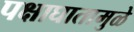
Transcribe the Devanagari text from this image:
पक्षाघातामुळे